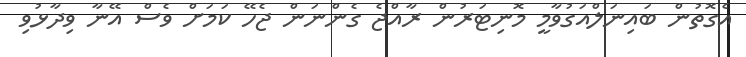
އެގޮތުން ބައިނަލްއަގުވާމީ މޮނިޓަރުން ރާއްޖެ ގެންނަން ޖެހޭ ކަމަށް ވެސް އޭނާ ވިދާޅުވި